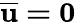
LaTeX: \mathbf{\overline{{u}}=0}